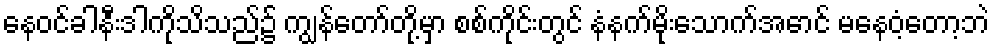
နေဝင်ခါနီးဒါကိုသိသည်၌ ကျွန်တော်တို့မှာ စစ်ကိုင်းတွင် နံနက်မိုးသောက်အောင် မနေဝံ့တော့ဘဲ